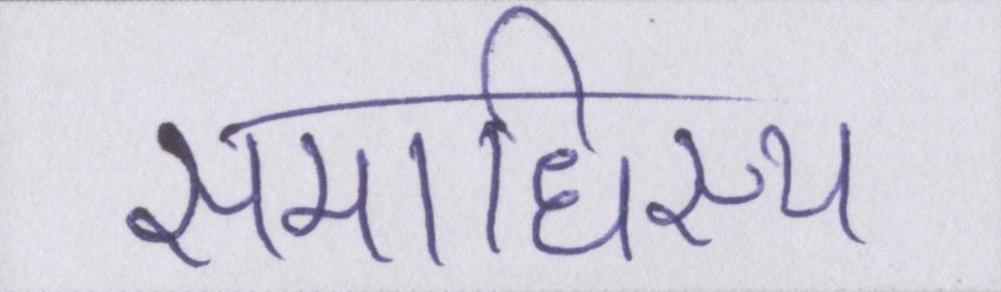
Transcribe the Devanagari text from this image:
समाधिस्थ